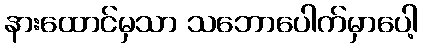
နားထောင်မှသာ သဘောပေါက်မှာပေါ့